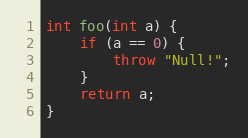
Language: C++
int foo(int a) {
    if (a == 0) {
        throw "Null!";
    }
    return a;
}